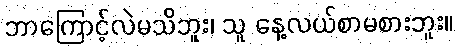
ဘာကြောင့်လဲမသိဘူး၊ သူ နေ့လယ်စာမစားဘူး။